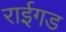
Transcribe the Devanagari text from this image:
राईगड